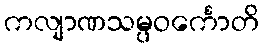
ကလျာဏသမ္ပဝင်္ကောတိ